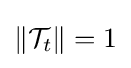
\left\|{\mathcal {T}}_{t}\right\|=1